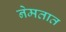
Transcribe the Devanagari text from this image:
नेमतात